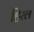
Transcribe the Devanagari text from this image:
हिरल